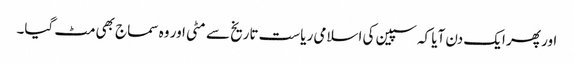
اور پھر ایک دن آیا کہ سپین کی اسلامی ریاست تاریخ سے مٹی اور وہ سماج بھی مٹ گیا۔